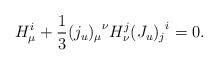
\begin{align*}H_\mu^i+{1\over 3}{(j_u)_\mu}^\nu H_\nu^j {(J_u)_j}^i=0.\end{align*}